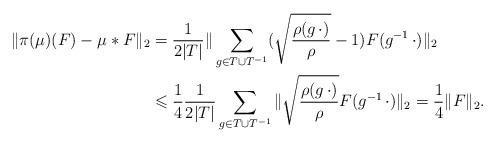
LaTeX: \begin{align*}\Vert \pi(\mu)(F) - \mu \ast F\Vert_2 & = \frac{1}{2\vert T \vert } \Vert \sum_{g \in T \cup T^{-1}} (\sqrt{\frac{\rho(g \, \cdot)}{\rho}} - 1)F(g^{-1} \, \cdot)\Vert_2\\& \leqslant \frac{1}{4} \frac{1}{2\vert T \vert } \sum_{g \in T \cup T^{-1}} \Vert \sqrt{\frac{\rho(g \, \cdot )}{\rho}}F(g^{-1} \, \cdot )\Vert_2 = \frac{1}{4} \Vert F \Vert_2.\end{align*}